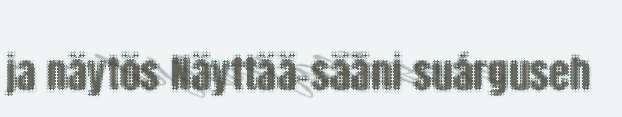
ja näytös Näyttää-sääni suárguseh